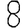
Digit: 8